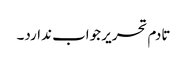
تادم تحریر جواب ندارد۔